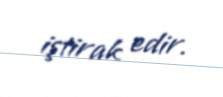
iştirak edir.